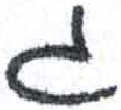
אות: ג